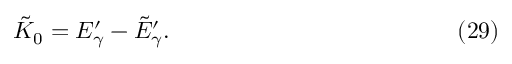
\tilde { K } _ { 0 } = E _ { \gamma } ^ { \prime } - \tilde { E } _ { \gamma } ^ { \prime } . \eqno ( 2 9 )